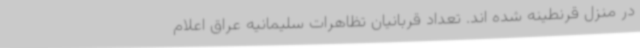
در منزل قرنطینه شده اند. تعداد قربانیان تظاهرات سلیمانیه عراق اعلام